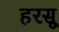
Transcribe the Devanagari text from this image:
हरसू